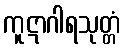
ကူဋာဂါရသုတ္တံ